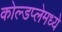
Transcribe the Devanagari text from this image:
कोल्डप्लेमध्ये